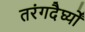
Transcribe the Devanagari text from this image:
तरंगदैर्घ्यों